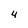
Character: 4